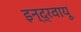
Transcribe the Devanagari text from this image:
इन्द्रवायू